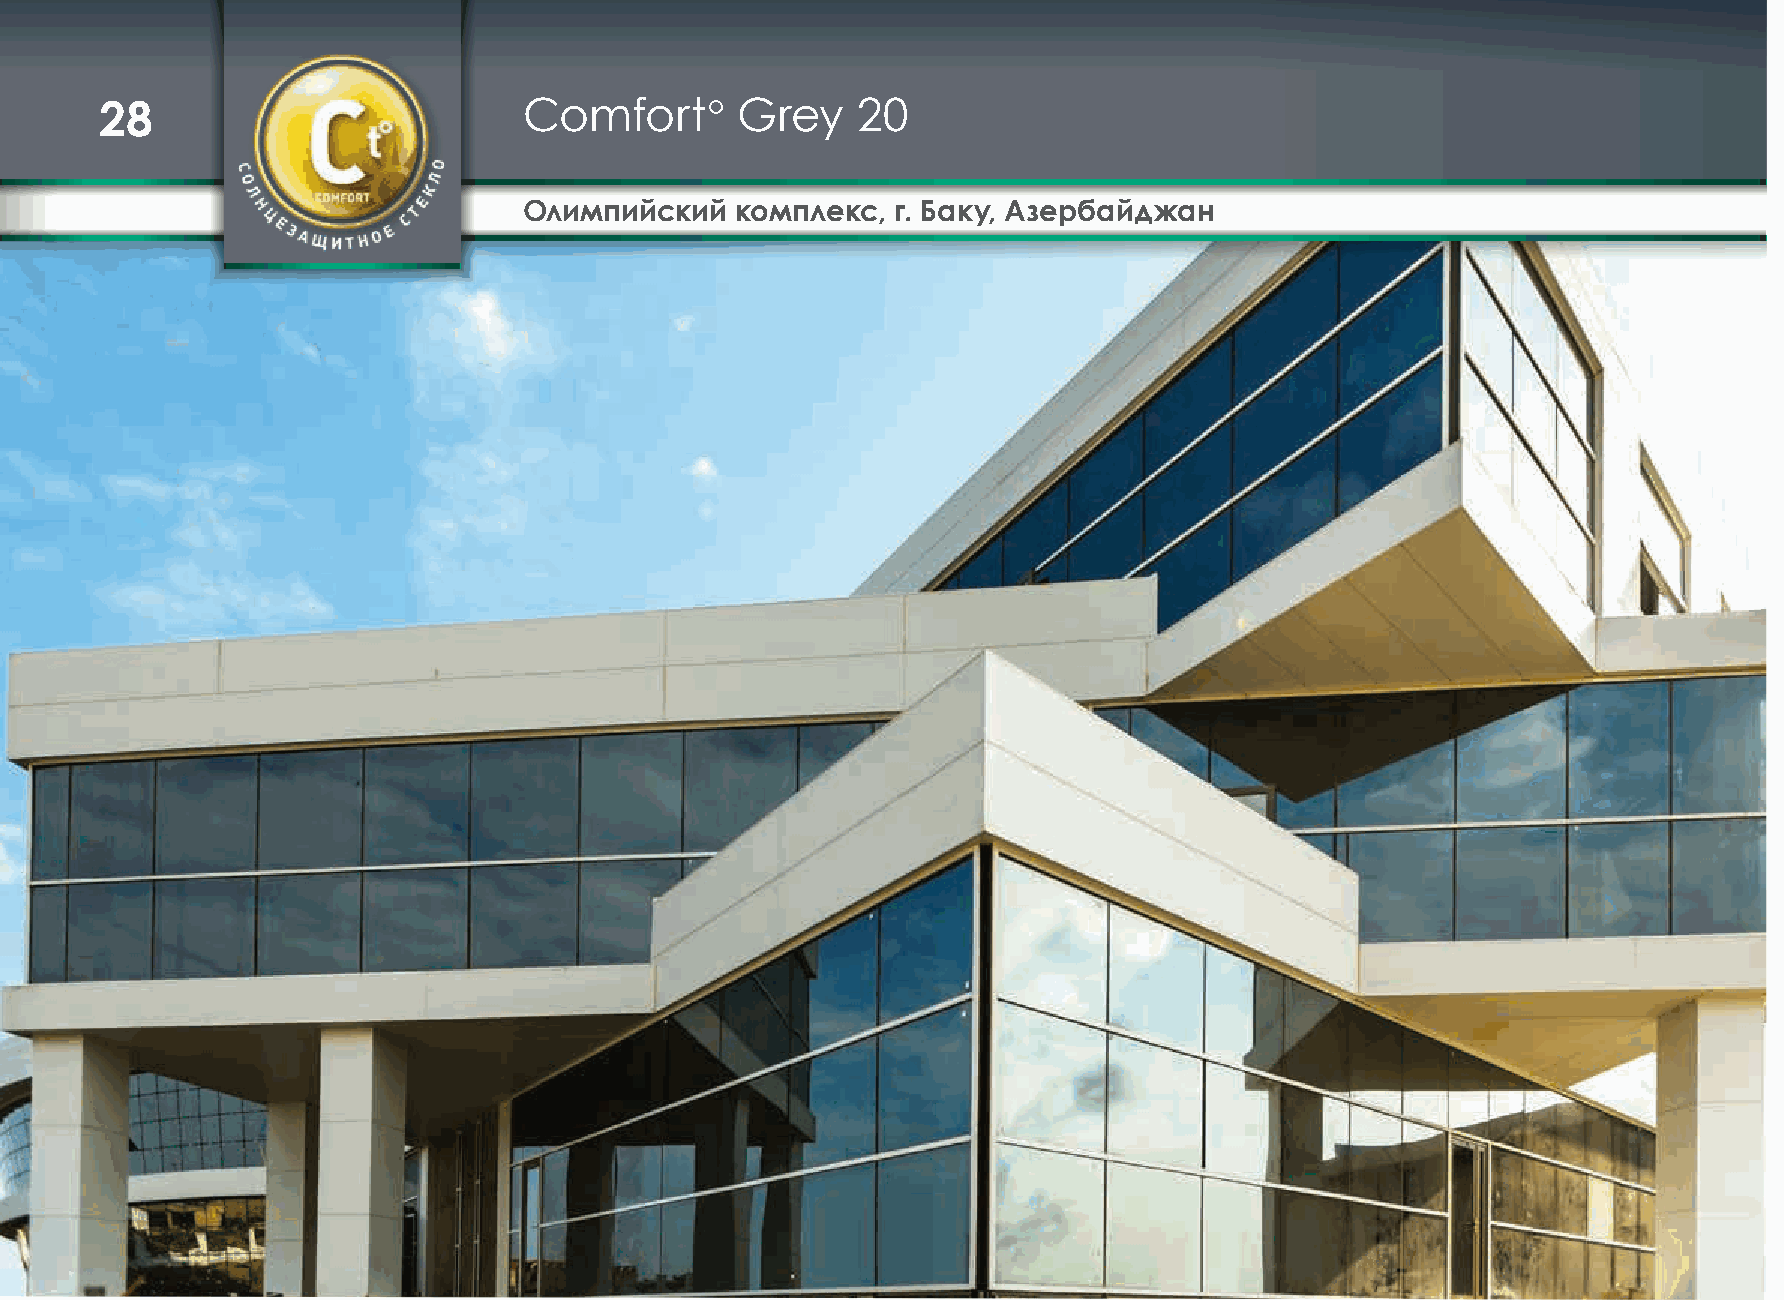
28                          Comfort°      Grey    20
 Олимпийский   комплекс, г. Баку, Азербайджан